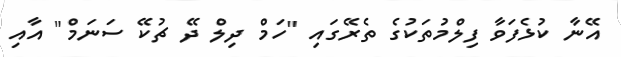
އޭނާ ކުޅެފަވާ ފިލްމުތަކުގެ ތެރޭގައި "ހަމް ދިލް ދޭ ޗުކޭ ސަނަމް" އާއި